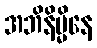
အဘိနိမ္မိနေ